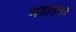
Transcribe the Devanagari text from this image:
मंडोइका